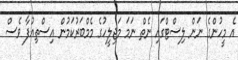
އެ މީހުންގެ ނަން ލިސްޓްގައި ނެތް ނަމަ މަޖިލީހުގެ މެމްބަރުކަމުން އިސްތިއުފާ ވެސް